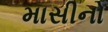
માસીનો